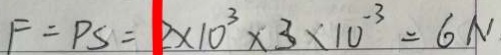
F = P S = 2 \times 1 0 ^ { 3 } \times 3 \times 1 0 ^ { - 3 } = 6 N